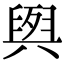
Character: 𮍭